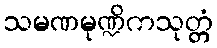
သမဏမုဏ္ဍိကသုတ္တံ